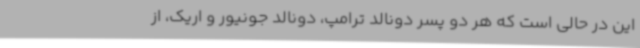
این در حالی است که هر دو پسر دونالد ترامپ، دونالد جونیور و اریک، از